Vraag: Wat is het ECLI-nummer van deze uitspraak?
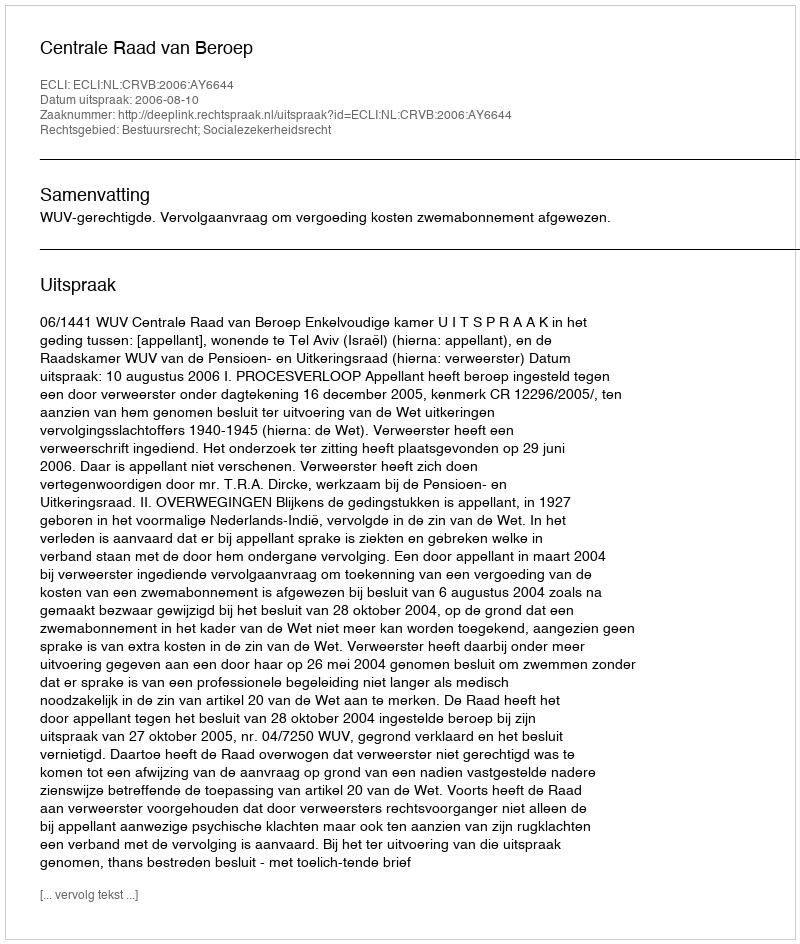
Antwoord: ECLI:NL:CRVB:2006:AY6644